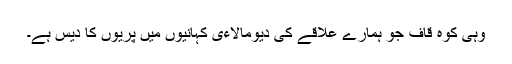
وہی کوہ قاف جو ہمارے علاقے کی دیومالاءی کہانیوں میں پریوں کا دیس ہے۔